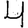
Digit: 4